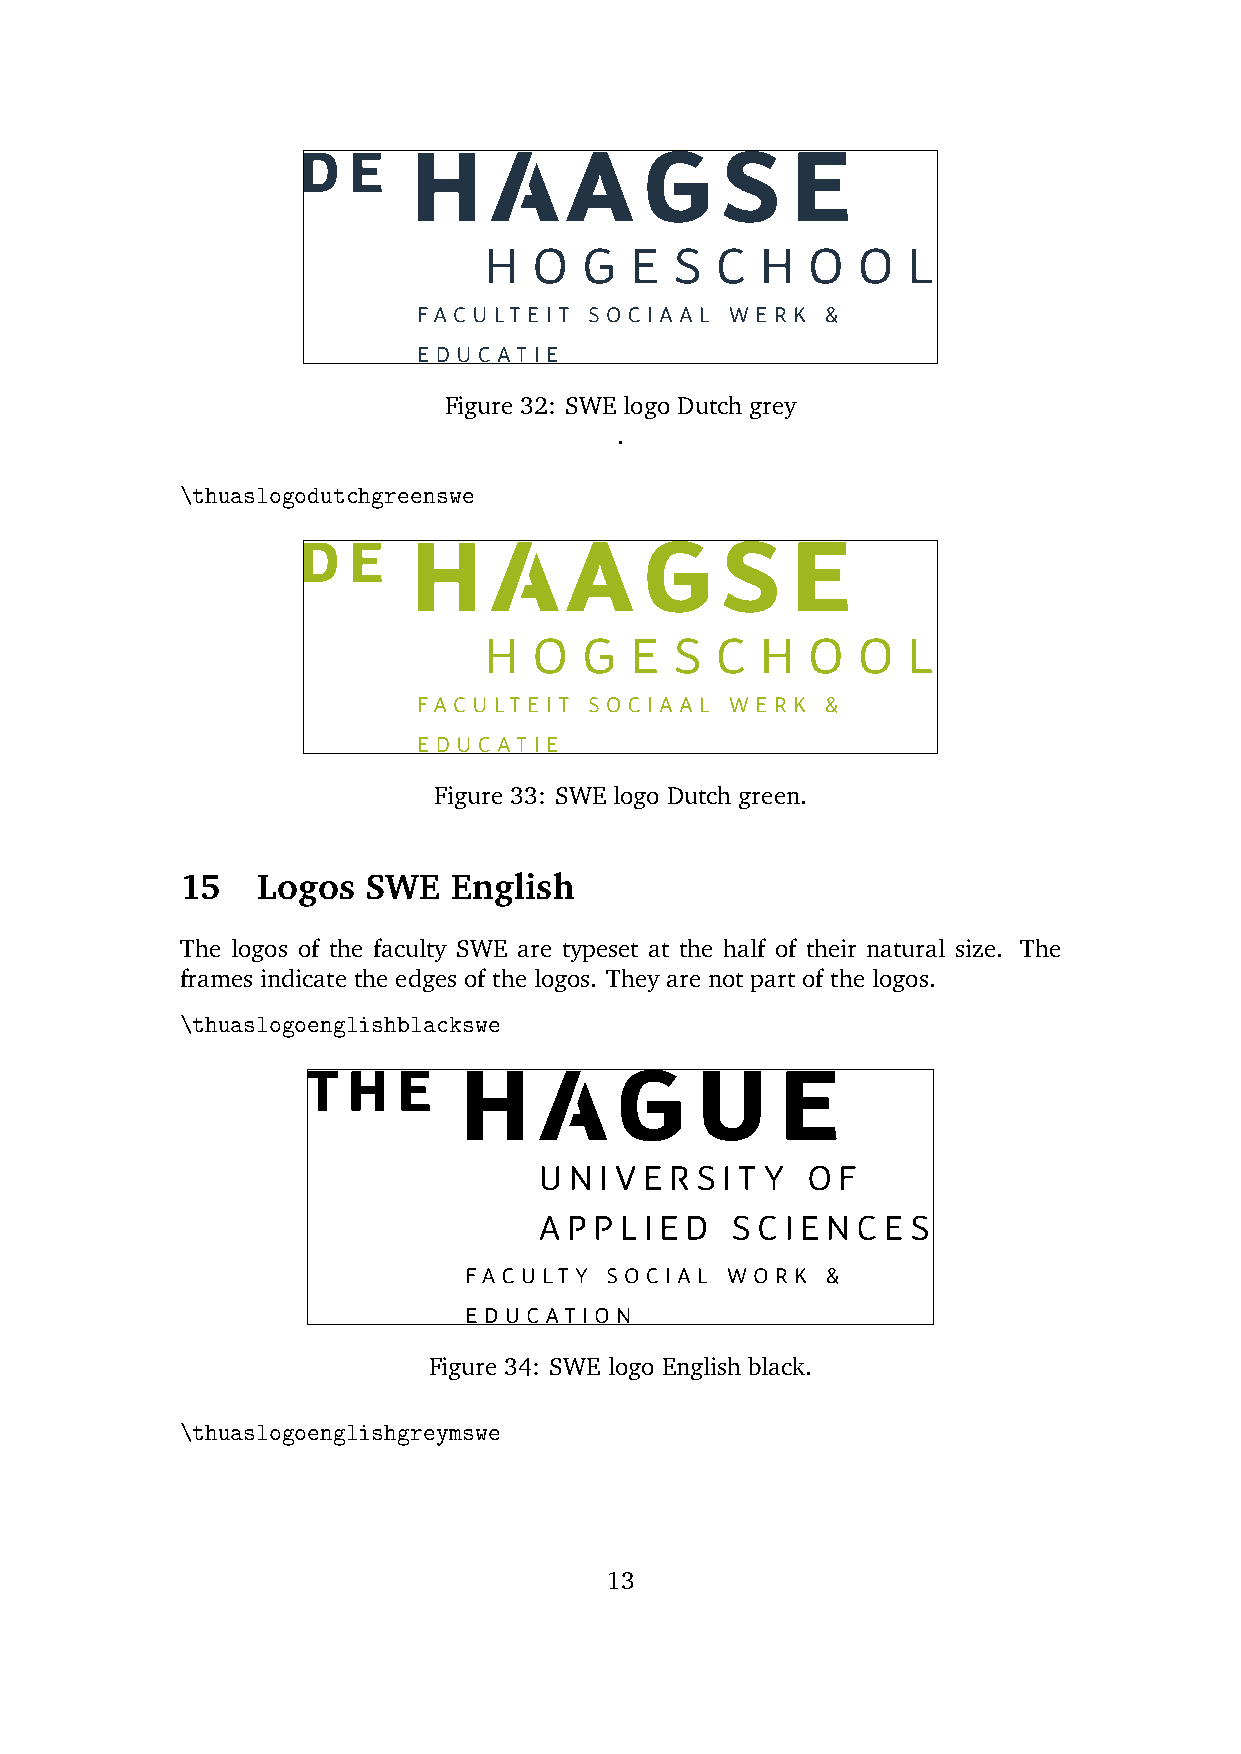
Figure 32: SWE logo Dutch grey
 .
 \thuaslogodutchgreenswe
 Figure 33: SWE logo Dutch green.
 15   Logos  SWE   English
 The logos of the faculty SWE are typeset at the half of their natural size. The
 frames indicate the edges of the logos. They are not part of the logos.
 \thuaslogoenglishblackswe
 Figure 34: SWE logo English black.
 \thuaslogoenglishgreymswe
 13